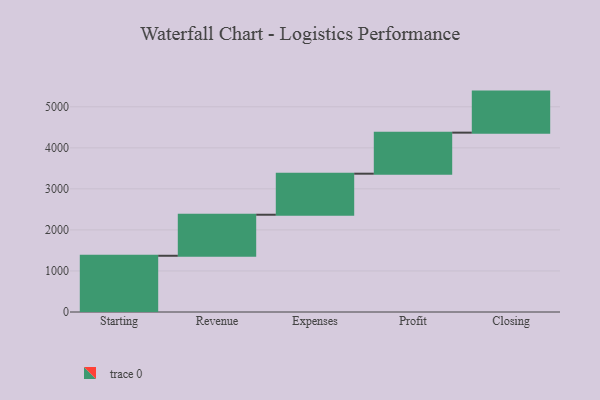
{"axis": {"x": "Step", "y": "Value"}, "legend": [""], "data": [{"x": "Starting", "y": 1370.0, "type": ""}, {"x": "Revenue", "y": 1000, "type": ""}, {"x": "Expenses", "y": 1000, "type": ""}, {"x": "Profit", "y": 1000, "type": ""}, {"x": "Closing", "y": 1000, "type": ""}]}